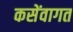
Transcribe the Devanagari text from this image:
कसेंवागत